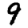
Digit: 9